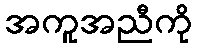
အကူအညီကို